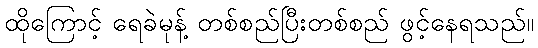
ထိုကြောင့် ရေခဲမုန့် တစ်စည်ပြီးတစ်စည် ဖွင့်နေရသည်။